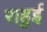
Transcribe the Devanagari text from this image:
राहुई